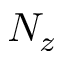
N _ { z }